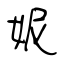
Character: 妮